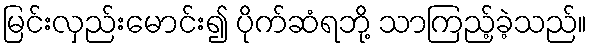
မြင်းလှည်းမောင်း၍ ပိုက်ဆံရဘို့ သာကြည့်ခဲ့သည်။